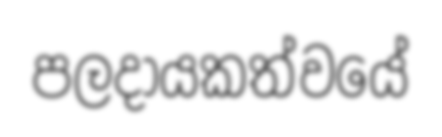
පලදායකත්වයේ